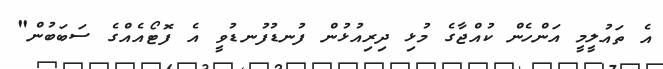
އެ ތައުލީމީ އަންހެން ކުއްޖާގެ މުޅި ދިރިއުޅުން ފުނޑުފުނޑުވީ އެ ފޮޓޯއެއްގެ ސަބަބުން"